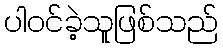
ပါဝင်ခဲ့သူဖြစ်သည်